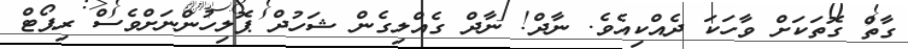
ގާތް ގޮތަކަށް ވާހަކަ ދެއްކިއެވެ. ނާދް! ނާދް ގެއްލިގެން ޝަހުދް ޕޮލިހުންނަށްވެސް ރިޕޯޓް